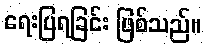
ရေးပြရခြင်း ဖြစ်သည်။